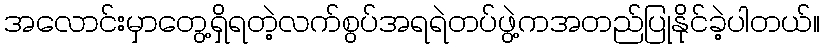
အလောင်းမှာတွေ့ရှိရတဲ့လက်စွပ်အရရဲတပ်ဖွဲ့ကအတည်ပြုနိုင်ခဲ့ပါတယ်။